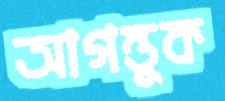
আগন্তুক